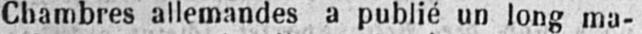
Chambres allemandes a publié un long ma-